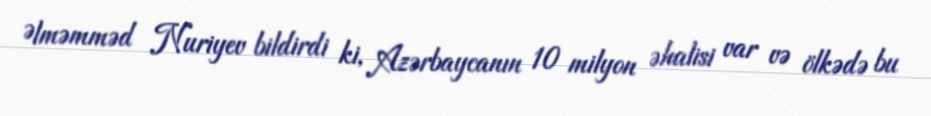
Əlməmməd Nuriyev bildirdi ki, Azərbaycanın 10 milyon əhalisi var və ölkədə bu